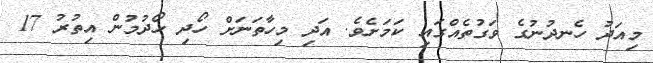
މިއަދު ހެނދުނުގެ ވަގުތެއްގައި ކަމަށެވެ. އަދި މިހާތަނަށް ހޯދި ހޯދުމުން އިތުރު 17